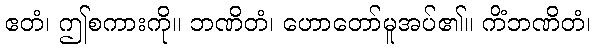
ဧတံ၊ ဤစကားကို။ ဘဏိတံ၊ ဟောတော်မူအပ်၏။ ကိံဘဏိတံ၊